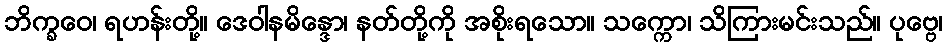
ဘိက္ခဝေ၊ ရဟန်းတို့။ ဒေဝါနမိန္ဒော၊ နတ်တို့ကို အစိုးရသော။ သက္ကော၊ သိကြားမင်းသည်။ ပုဗ္ဗေ၊